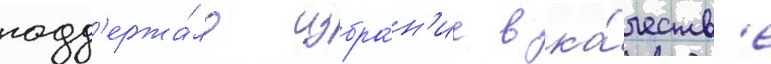
подд'ержа́ло избра́н'ие в ка́честв'е